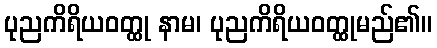
ပုညကိရိယဝတ္ထု နာမ၊ ပုညကိရိယဝတ္ထုမည်၏။